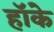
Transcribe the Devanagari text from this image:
हॉके